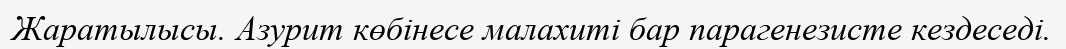
Жаратылысы. Азурит көбінесе малахиті бар парагенезисте кездеседі.